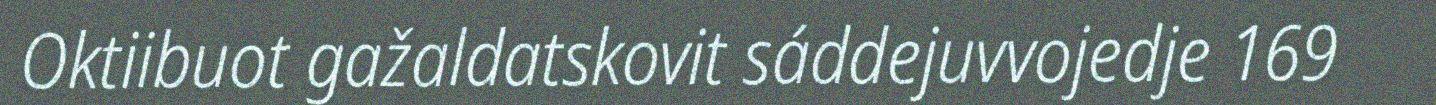
Oktiibuot gažaldatskovit sáddejuvvojedje 169